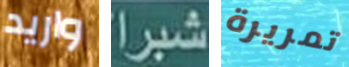
واريد شبرا تمريرة